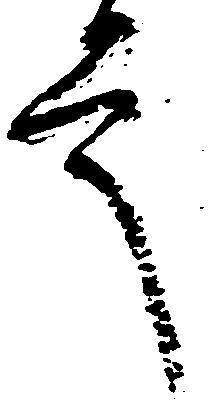
言